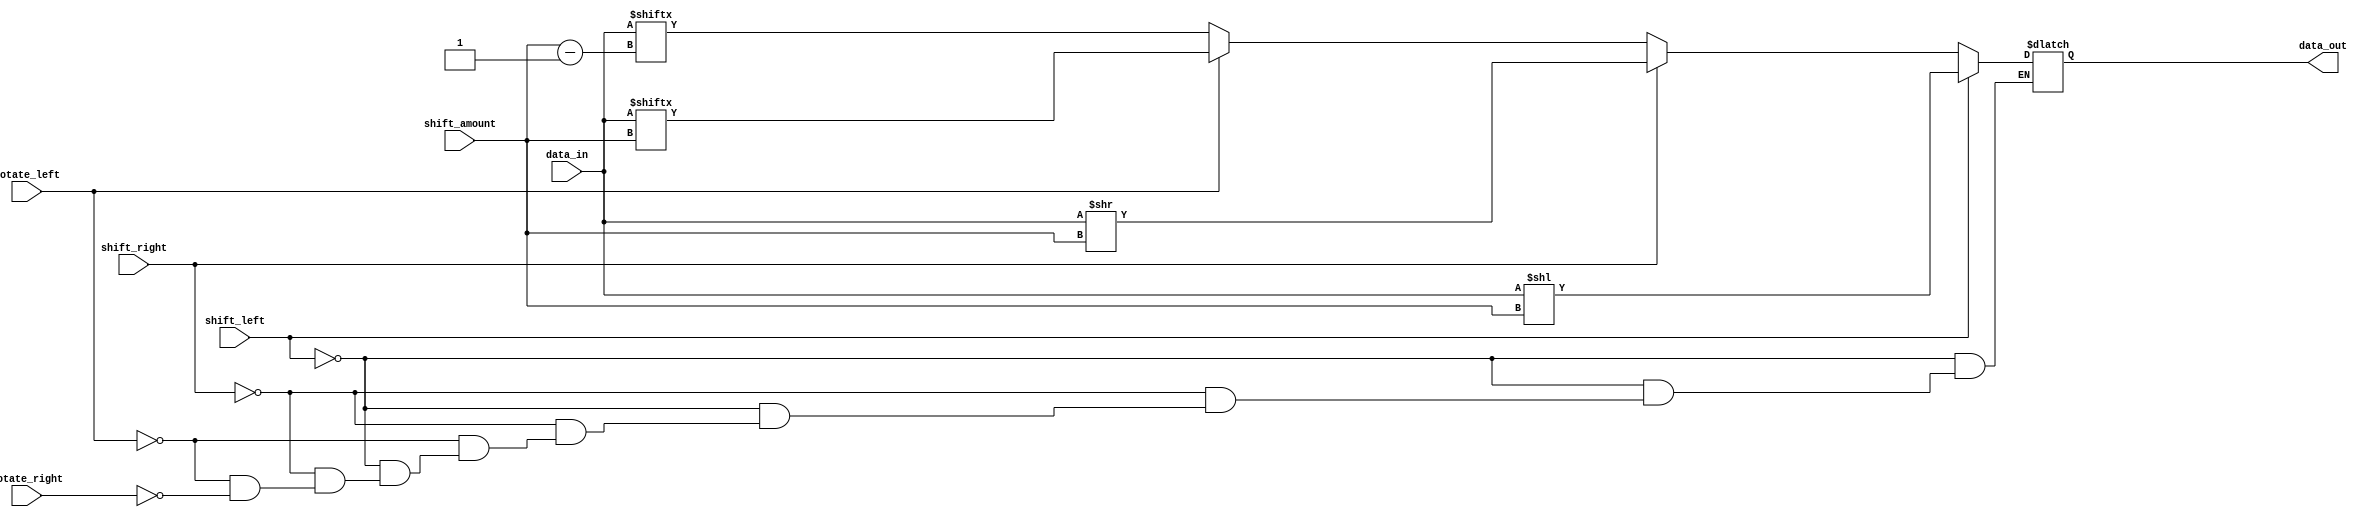
module CircularBarrelShifter(

  input wire [7:0] data_in,
  input wire [2:0] shift_amount,
  input wire shift_left,
  input wire shift_right,
  input wire rotate_left,
  input wire rotate_right,
  output reg [7:0] data_out

);

always @(*) begin

  if(shift_left) begin
    data_out = data_in << shift_amount;
  end else if(shift_right) begin
    data_out = data_in >> shift_amount;
  end else if(rotate_left) begin
    data_out = {data_in[shift_amount-1:0], data_in[7:shift_amount]};
  end else if(rotate_right) begin
    data_out = {data_in[7-shift_amount:7], data_in[7:shift_amount-1]};
  end

end

endmodule